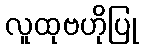
လူထုဗဟိုပြု